Annual report on the Civil Veterinary Department, Burma (including the Insein Veterinary School) - 1923-1931
Year: 1923
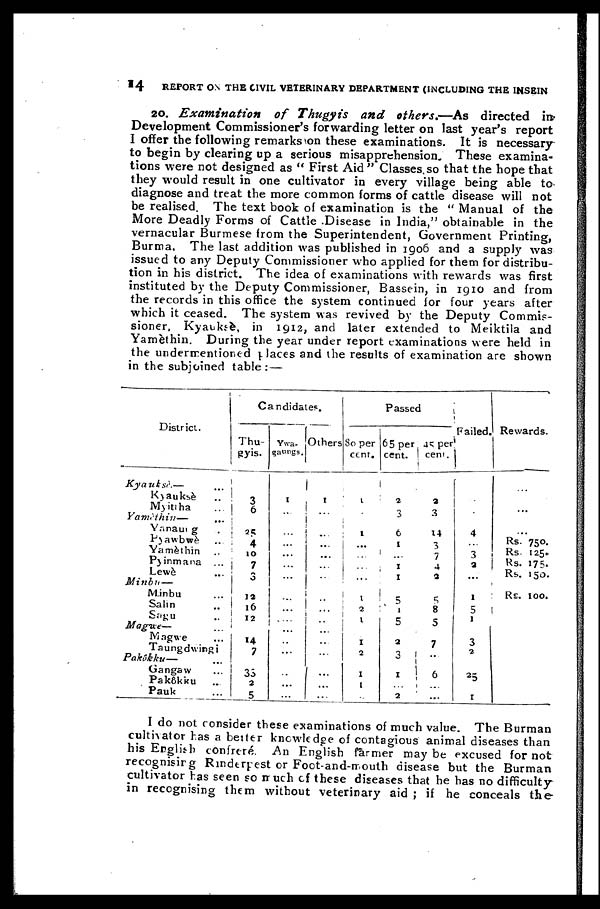
14
REPORT ON THE CIVIL VETERINARY DEPARTMENT (INCLUDING THE INSEIN
20. Examination
of Thugyis and others.—As directed in?
Development Commissioner's forwarding letter on last year's report
I offer the following remarks on these examinations. It is necessary
to begin by clearing up a serious misapprehension. These examina-
tions were not designed as " First Aid " Classes so that the hope that
they would result in one cultivator in every village being able to
diagnose and treat the more common forms of cattle disease will not
be realised. The text book of examination is the " Manual of the
More Deadly Forms of Cattle Disease in India," obtainable in the
vernacular Burmese from the Superintendent, Government Printing,
Burma. The last addition was published in 1906 and a supply was
issued to any Deputy Commissioner who applied for them for distribu-
tion in his district. The idea of examinations with rewards was first
instituted by the Deputy Commissioner, Bassein, in 1910 and from
the records in this office the system continued for four years after
which it ceased. The system was revived by the Deputy Commis-
sioner, Kyauksè, in 1912, and later extended to Meiktila and
Yamèthin. During the year under report examinations were held in
the undermentioned places and the results of examination are shown
in the subjoined table :—
District.
Kyauksè.— ...
Kyauksè ...
Myitiha ...
Yamèthin—
...
Yanaung ...
Pyawbwè ...
Yamèthin ...
Pyinmana ...
Lewè ...
Minbu—
Minbu ...
Salin ..
Sagu ..
Magwe— ...
Magwe ...
Taungdwingi
Pakôkku— ...
Gangaw ...
Pakôkku ...
Pauk ...
Candidates.
Thu-
gyis.
3
6
25
4
10
7
3
12
16
12
14 7
35
2
5
Ywa-
gaungs.
1
...
...
...
...
...
...
...
...
...
...
...
...
...
...
Others
1
...
...
...
...
...
...
...
...
..
...
...
...
...
...
Passed
80 per
cent.
1
...
1
...
...
...
...
1
2
1
1
2
1
1
...
65 per
cent.
2
3
6
1
...
1
1
5
1
5
2
3
1
...
2
41 per
cent.
2
3
14
3
7
4
2
5
8
5
7
...
6
...
...
Failed.
...
...
4
...
3
2
...
1
5
1
3
2
25
1
Rewards.
...
...
...
Rs. 750.
Rs. 125.
Rs. 175.
Rs. 150.
Rs. 100.
I do not consider these examinations of much value. The Burman
cultivator has a better knowledge of contagious animal diseases than
his English confrere. An English farmer may be excused for not
recognising Rinderpest or Foot-and-mouth disease but the Burman
cultivator has seen so much of these diseases that he has no difficulty
in recognising them without veterinary aid ; if he conceals the